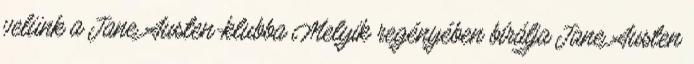
velünk a Jane Austen-klubba Melyik regényében bírálja Jane Austen